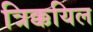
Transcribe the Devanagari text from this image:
त्रिक्कयिल